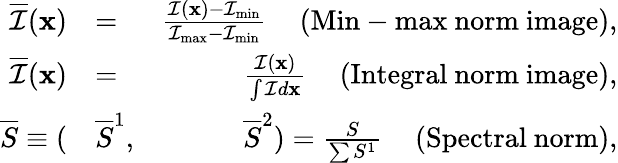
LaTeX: \begin{array}{rlr}{\overline{{\mathcal{I}}}(\mathbf{x})}&{=}&{\frac{\mathcal{I}(\mathbf{x})-\mathcal{I}_{\mathrm{min}}}{\mathcal{I}_{\mathrm{max}}-\mathcal{I}_{\mathrm{min}}}\mathrm{\phantom{...}(Min-max~norm~image)},}\\ {\overline{{\mathcal{I}}}(\mathbf{x})}&{=}&{\frac{\mathcal{I}(\mathbf{x})}{\int\mathcal{I}d\mathbf{x}}\mathrm{\phantom{...}(Integral~norm~image)},}\\ {\overline{{S}}\equiv(}&{\overline{{S}}^{1},}&{\overline{{S}}^{2})=\frac{S}{\sum S^{1}}\mathrm{\phantom{...}(Spectral~norm)},}\end{array}